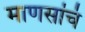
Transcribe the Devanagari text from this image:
माणसांचं